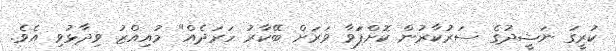
ކުރީގަ ނަޝީދުގެ ސަރުކާރުން ކޮށްފަަވާ ވަރަށް ބޭކާރު ހަރަދެއް" މުއިއްޒު ވިދާޅުވި އެވެ.